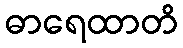
ဓာရေထာတိ